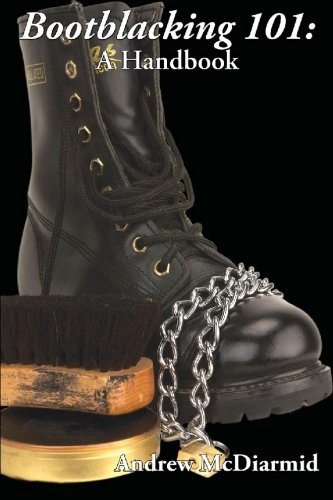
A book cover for Bootblacking 101: A Handbook (A Boner Book); Andrew McDiarmid; Romance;